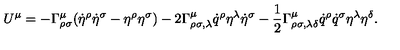
U ^ { \mu } = - \Gamma _ { \rho \sigma } ^ { \mu } ( \dot { \eta } ^ { \rho } \dot { \eta } ^ { \sigma } - \eta ^ { \rho } \eta ^ { \sigma } ) - 2 \Gamma _ { \rho \sigma , \lambda } ^ { \mu } \dot { q } ^ { \rho } \eta ^ { \lambda } \dot { \eta } ^ { \sigma } - \frac { 1 } { 2 } \Gamma _ { \rho \sigma , \lambda \delta } ^ { \mu } \dot { q } ^ { \rho } \dot { q } ^ { \sigma } \eta ^ { \lambda } \eta ^ { \delta } .